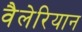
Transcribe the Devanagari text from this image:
वैलेरियान